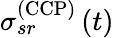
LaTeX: \sigma_{sr}^{\left(\mathrm{CCP}\right)}\left(t\right)